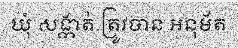
ឃុំ សង្កាត់ ត្រូវបាន អនុម័ត